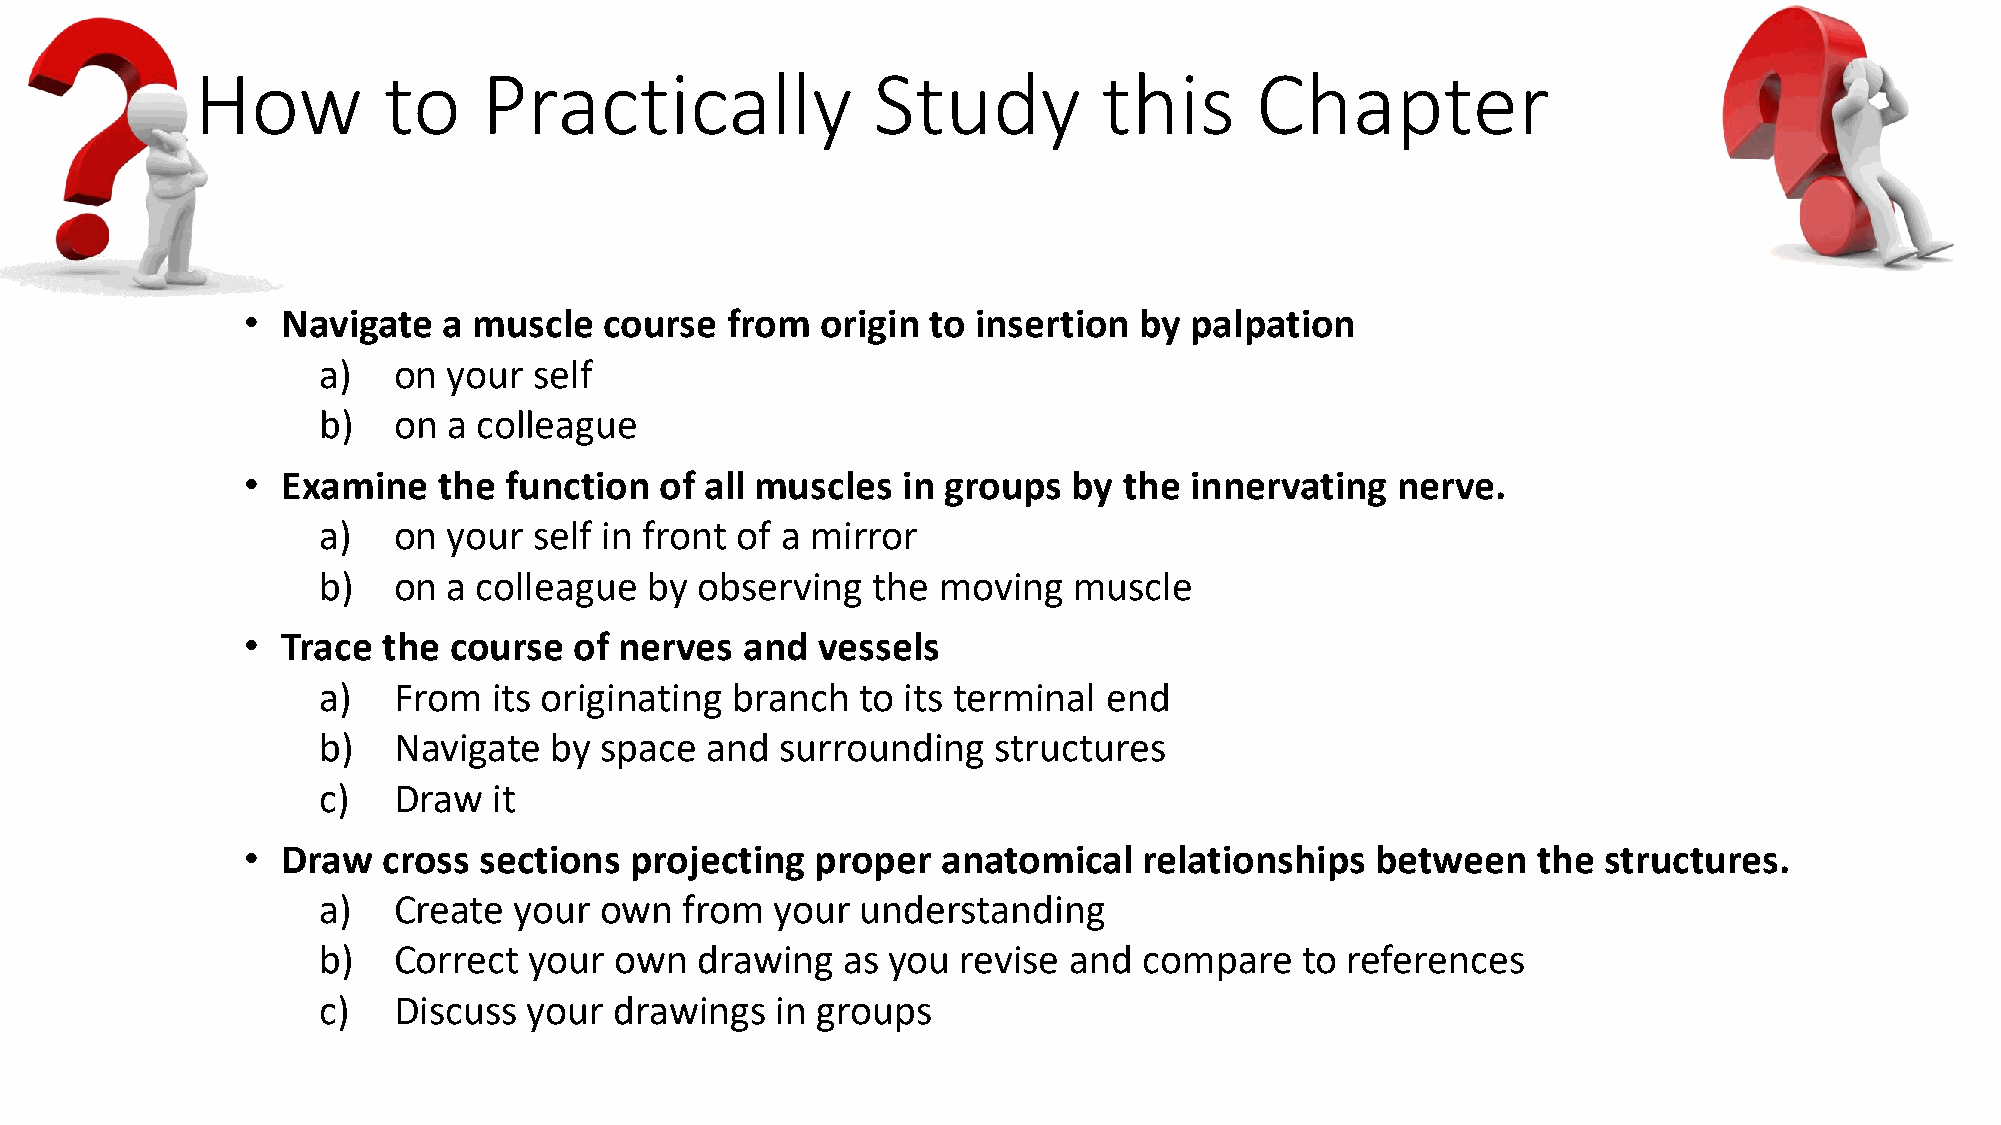
How         to     Practically               Study          this      Chapter
 •  Navigate  a muscle   course  from  origin to  insertion by  palpation
 a)   on  your self
 b)   on  a colleague
 •  Examine   the function   of all muscles  in groups  by the  innervating  nerve.
 a)   on  your self in front of a mirror
 b)   on  a colleague  by observing   the moving   muscle
 •  Trace the  course  of nerves  and  vessels
 a)   From   its originating branch  to its terminal end
 b)   Navigate  by  space  and  surrounding   structures
 c)   Draw   it
 •  Draw  cross  sections  projecting  proper  anatomical    relationships  between    the structures.
 a)   Create  your  own  from  your  understanding
 b)   Correct  your  own  drawing   as you  revise and  compare   to references
 c)   Discuss  your  drawings  in groups